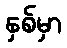
နှစ်မှာ